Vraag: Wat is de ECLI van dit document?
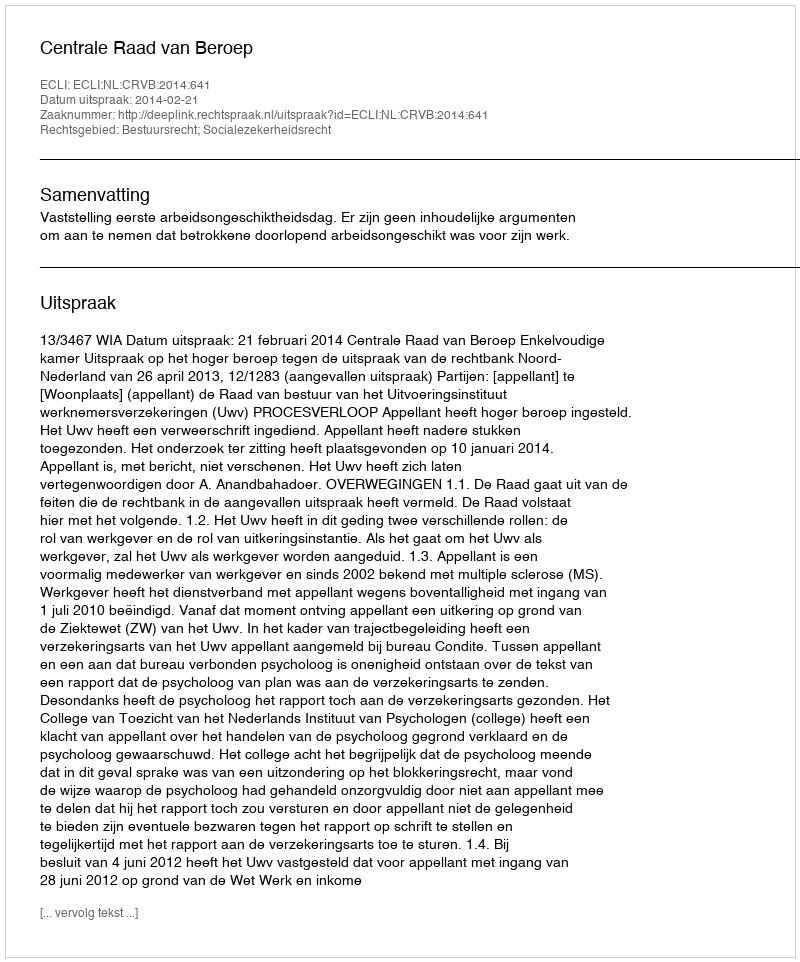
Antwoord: ECLI:NL:CRVB:2014:641